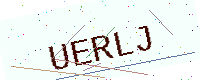
Text: UERLJ